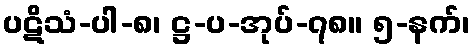
ပဋိသံ-ပါ-၈၊ ဋ္ဌ-ပ-အုပ်-၇၈။ ၅-နက်၊